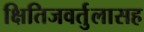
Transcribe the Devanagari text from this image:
क्षितिजवर्तुलासह